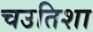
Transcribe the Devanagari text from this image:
चउतिशा